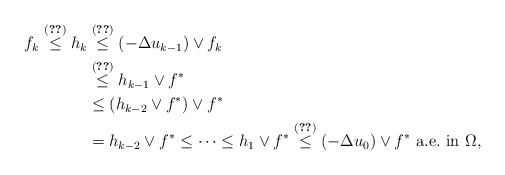
\begin{align*}f_k \stackrel{\eqref{lo3}}\leq h_k &\stackrel{\eqref{lo3}}{\leq} \left(-\Delta u_{k-1}\right) \vee f_k\\ &\stackrel{\eqref{lo1}}{\leq} h_{k-1} \vee f^*\\ &\leq (h_{k-2} \vee f^*) \vee f^*\\ &= h_{k-2} \vee f^* \leq \cdots \leq h_1 \vee f^* \stackrel{\eqref{lo3}}\leq \left(-\Delta u_0\right) \vee f^*\mbox{ a.e.~in } \Omega,\end{align*}